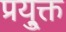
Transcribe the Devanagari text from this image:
प्रयु्क्त